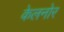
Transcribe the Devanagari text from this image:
केलनोर